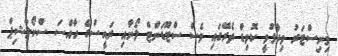
މިނިސްޓަރު ވިދާޅުވީ ކޮވިޑް ތެރޭގައި ވެސް ސްޓޫޑަންޓް ލޯނާއި ރައީސްގެ ހާއްސަ ސްކޯލާޝިޕް